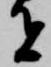
者